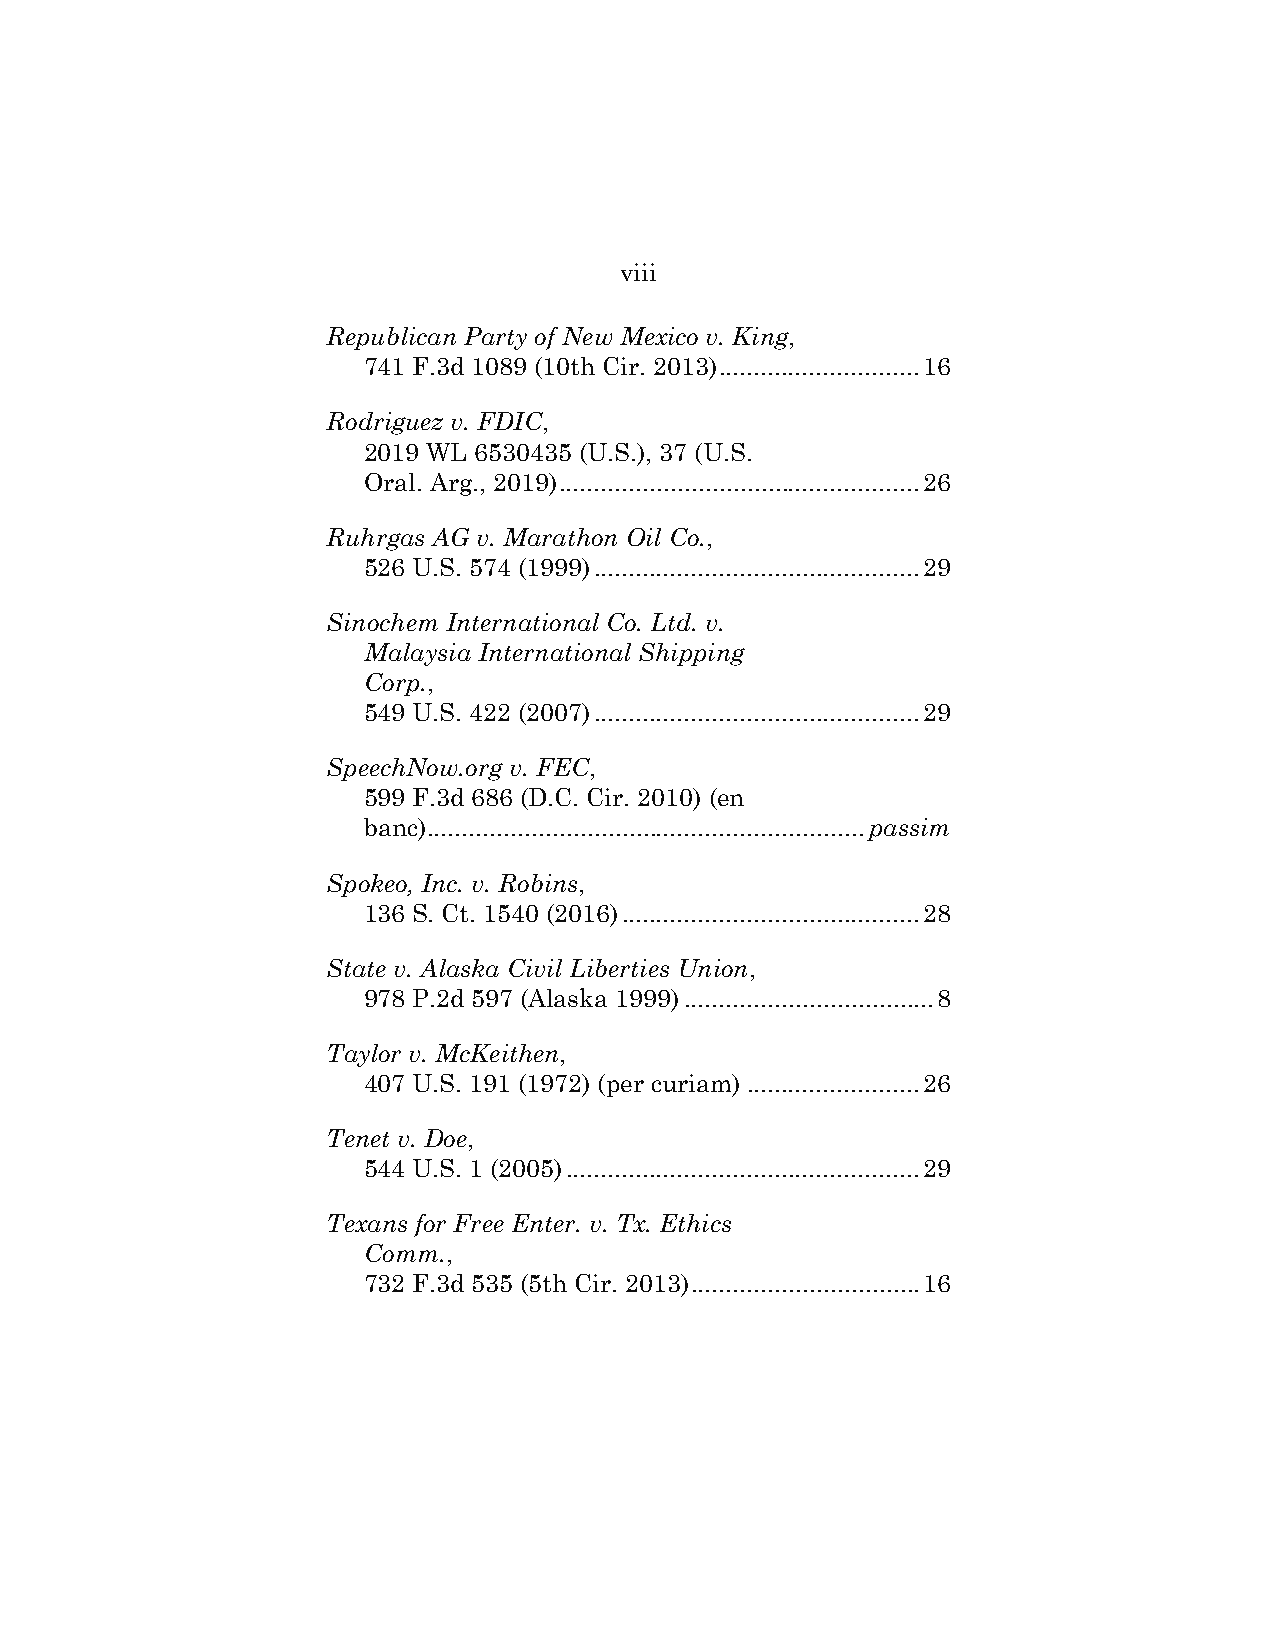
viii
 Republican Party of New Mexico v. King,
 741 F.3d 1089 (10th Cir. 2013) ............................. 16
 Rodriguez v. FDIC,
 2019 WL 6530435 (U.S.), 37 (U.S.
 Oral. Arg., 2019) .................................................... 26
 Ruhrgas AG v. Marathon Oil Co.,
 526 U.S. 574 (1999) ............................................... 29
 Sinochem International Co. Ltd. v.
 Malaysia International Shipping
 Corp.,
 549 U.S. 422 (2007) ............................................... 29
 SpeechNow.org v. FEC,
 599 F.3d 686 (D.C. Cir. 2010) (en
 banc) ............................................................... passim
 Spokeo, Inc. v. Robins,
 136 S. Ct. 1540 (2016) ........................................... 28
 State v. Alaska Civil Liberties Union,
 978 P.2d 597 (Alaska 1999) .................................... 8
 Taylor v. McKeithen,
 407 U.S. 191 (1972) (per curiam) ......................... 26
 Tenet v. Doe,
 544 U.S. 1 (2005) ................................................... 29
 Texans for Free Enter. v. Tx. Ethics
 Comm.,
 732 F.3d 535 (5th Cir. 2013) ................................. 16